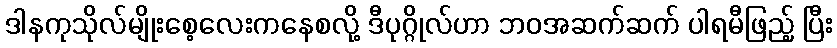
ဒါနကုသိုလ်မျိုးစေ့လေးကနေစလို့ ဒီပုဂ္ဂိုလ်ဟာ ဘဝအဆက်ဆက် ပါရမီဖြည့် ပြီး